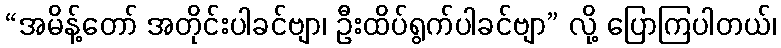
“အမိန့်တော် အတိုင်းပါခင်ဗျာ၊ ဦးထိပ်ရွက်ပါခင်ဗျာ” လို့ ပြောကြပါတယ်၊